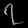
Digit: ၇